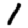
Digit: 1